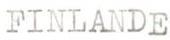
FINLANDE